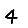
Digit: 4